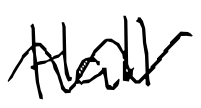
Text: Hall
Cross-out: wave
Writing tool: digital_black